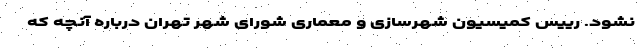
نشود. رییس کمیسیون شهرسازی و معماری شورای شهر تهران درباره آنچه که